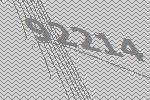
92214